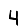
Digit: 4